Lock hospitals Punjab
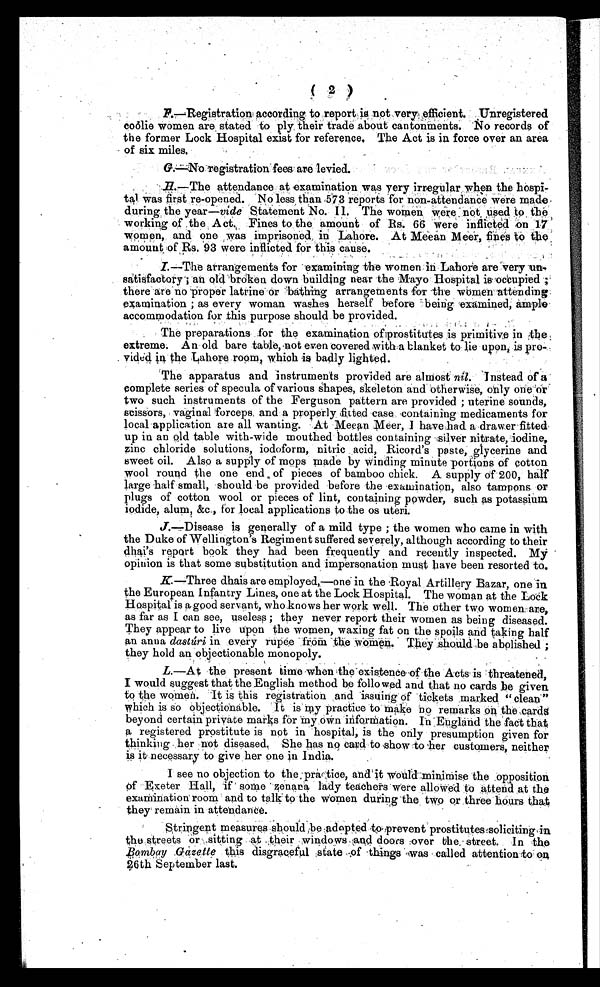
( 2 )
F
.—Registration according to report is not very efficient. Unregistered
coolie women are to ply their trade about cantonments. No records of
the former Lock Hospital exist for reference. The Act is in force over an area
O f s i x m i l e s .
G.—No registration fees are levied.
H.—The attendance at examination was very irregular when the hospi-
tal was first re-opened. No less than 573 reports for non-attendance were made
during the year— vide Statement No.11 The women were not used to the
working of the Act. Fines to the amount of Rs. 66 were inflicted on 17
women, and one was imprisoned in Lahore. At Meean Meer, fines to the
amount of Rs. 93 were inflicted for this cause.
I.—The arrangements for examining the women in Lahore are very un-
satisfactory; an broken down building near the Mayo Hospital is occupied;
there are no proper latrine or bathing arrangements for the women attending
examination ; as every woman washes herself before being examined, ample.
accommodation for this purpose should be provided.
The preparations for the examination of prostitutes is primitive in the
extreme. An old bare table, not even covered with a blanket to lie upon, is pro-
vided in the Lahore room, which is badly lighted.
The apparatus and instruments provided are almost nil . Instead of
complete series of specula of various shapes, skeleton and other wise, only one or
two such instruments of the Ferguson pattern are provided ; uterine sounds,
scissors, vaginal forceps, and a properly fitted case containing medicaments for
local application are all wanting. At Meean Meer, I have had a drawer fitted
up in an old table with-wide mouthed bottles containing silver nitrate, iodine,
zinc chloride solutions, iodoform, nitric acid, Ricord's paste, glycerine and
sweet oil. Also a supply of mops made by winding minute portions of cotton
wool round the one end of pieces of bamboo chick. A supply of 200, half
large half small, should be provided before the examination, also tampons or
plugs of cotton wool or pieces of lint, containing powder, such as potassium
iodide, alum, &c., for local applications to the os uteri.
J
.—Disease is generally of a mild type ; the women who came in with
the Duke of Wellington s Regiment suffered severely, although according to their
dhai's report book they had been frequently and recently inspected. My
opinion is that some substitution and impersonation must have been resorted to.
K —Three dhais are employed,—one in the Royal Artillery Bazar, one in
the European Infantry Lines, one at the Lock Hospital. The woman at the Lock
Hospital is a good servant, who knows her work well. The other two women are,
as far as I can see, useless ; they never report their women as being diseased.
They appear to live upon the women, waxing fat on the spoils and taking half
an anna dastúri in every rupee .from the women. They should ;be abolished
; t h e y h o l d a n o b j e c t i o n a b l e m o n o p o l y .
-
L.—At the present time when the existence of the Acts is threatened,
I would suggest that the English method be followed and that no cards be given
to the women. It is this registration and issuing of tickets marked "clean"
which is so objectionable. It is my practice to make no remarks on the cards
beyond certain private marks for my own information. In England the fact that
a registered prostitute is not in hospital, is the only presumption given for
thinking . her not diseased. She has no card to show to her customers, neither
is it necessary to give her one in India.
I see no objection to the practice, and it would minimise the opposition
of Exeter Hall, if some zenana lady teachers were allowed to attend at the
examination room and to talk to the women during the two or three hours that
they remain in attendance.
Stringent measures should adopted to prevent prostitutes soliciting in
the streets or sitting at their windows and doors rover the street. In the
Bombay Gazette this disgraceful state of things was called
a t t e n t i o n t o 2 6 t h S e p t e m b e r l a s t .